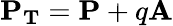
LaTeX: \mathbf{P_{T}}=\mathbf{P}+q\mathbf{A}